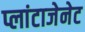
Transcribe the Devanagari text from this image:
प्लांटाजेनेट